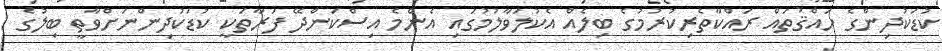
ކުޑަކުދިންގެ ހައްޤުތައް ރައްކާތެރިކުރުމުގެ ބިލެއް އެކުލަވާލުމުގައި އެންމެ އިސްކަންދޭ ފަރާތަކީ ކުޑަކުދިންނަށްވާތީ ބިލުގެ